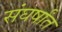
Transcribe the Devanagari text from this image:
संघर्षांत